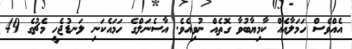
އެއްވެސް ހަމަލާއެއް ކާމިޔާބުވާ ގޮތެއް ނުވިއެވެ. އާސެނަލްގެ ހަމައެކަނި ލަނޑުޖެހީ މެޗުގެ 49